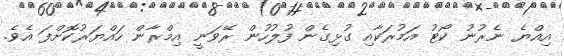
އިއްޔެ ނެރުނު ކޯޓު އަމުރަކާއި ގުޅިގެން ފުލުހުން ރޭވަނީ އިމްރާން ހައްޔަރުކޮށްފަ އެވެ.